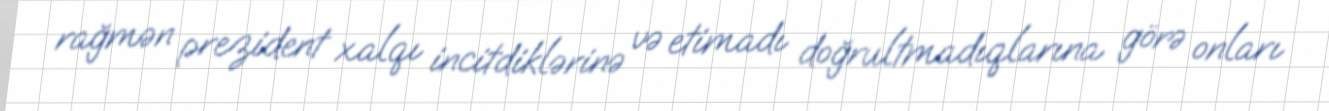
rağmən prezident xalqı incitdiklərinə və etimadı doğrultmadıqlarına görə onları